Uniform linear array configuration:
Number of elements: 8
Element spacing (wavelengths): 0.5
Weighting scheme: cosine
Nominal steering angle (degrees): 45
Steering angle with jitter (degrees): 43.3
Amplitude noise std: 0.05
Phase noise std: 0.05

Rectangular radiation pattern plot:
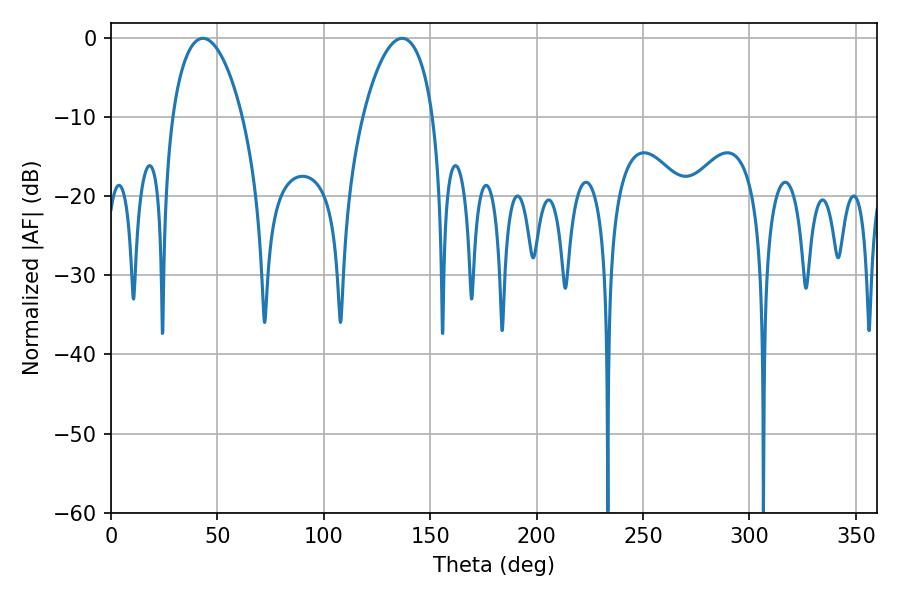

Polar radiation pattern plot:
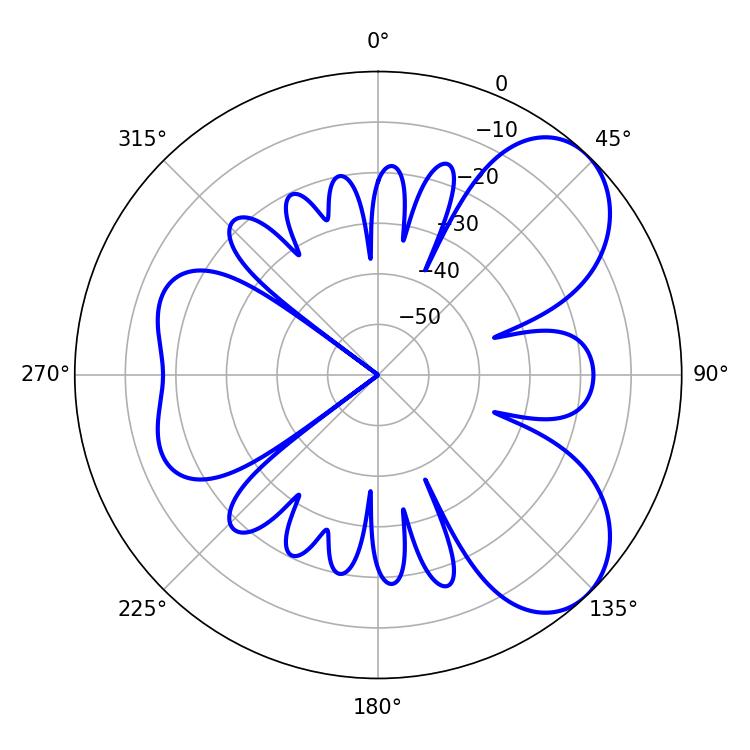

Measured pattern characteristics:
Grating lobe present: FALSE
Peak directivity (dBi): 6.486
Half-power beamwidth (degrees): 18.72
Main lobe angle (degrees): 43.2